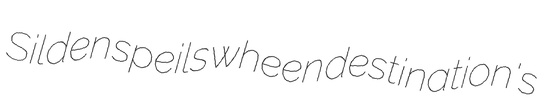
Silden speils wheen destination's